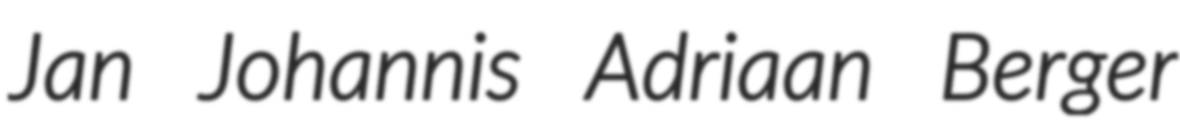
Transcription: Jan Johannis Adriaan Berger